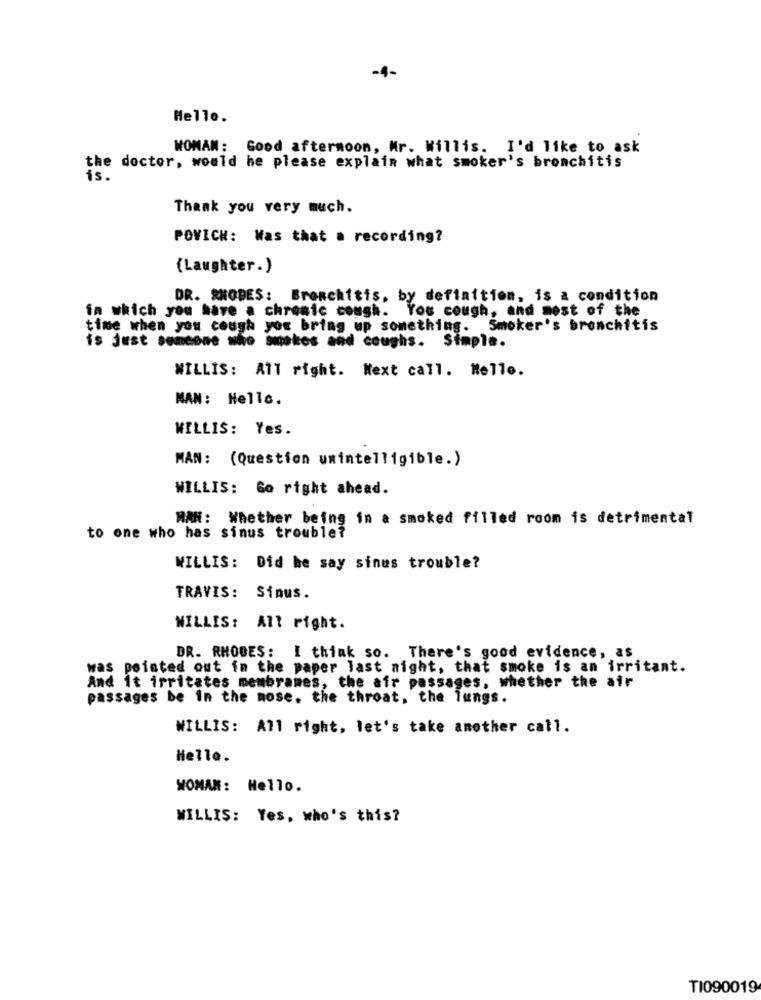
-4-
Hello.
WOMAN: Good afternoon, Mr. Willis. I'd like to ask
the doctor, would he please explain what smoker's bronchitis
is.
Thank you very much.
POVICH: Was that a recording?
(Laughter.)
DR. RHODES: Bronchitis, by definition, is a condition
in which you have a chronic cough. You cough, and most of the
time when you cough you bring up something. Smoker's bronchitis
is just someone who smokes and coughs. Simple.
WILLIS: All right. Next call. Mello.
MAN: Hello.
WILLIS: Yes.
MAN: (Question unintelligible.)
WILLIS: Go right ahead.
MAN: Whether being in a smoked filled room is detrimental
to one who has sinus trouble?
WILLIS: Did he say sinus trouble?
TRAVIS: Sinus.
WILLIS: All right.
DR. RHODES: I think so. There's good evidence, as
was pointed out in the paper last night, that smoke is an irritant.
And it irritates membrames, the air passages, whether the air
passages be in the nose, the throat, the lungs.
WILLIS: All right, let's take another call.
Helle.
WOMAN: Hello.
WILLIS: Yes, who's this?
TI090019